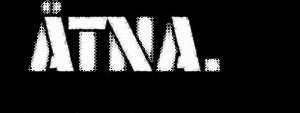
ÅTNA.